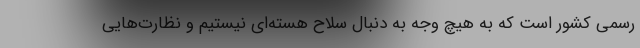
رسمی کشور است که به هیچ وجه به دنبال سلاح هسته‌ای نیستیم و نظارت‌هایی